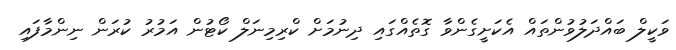
ވަކީލް ބައްދަލުވުންތައް އެކަށީގެންވާ ގޮތެއްގައި ދިނުމަށް ކްރިމިނަލް ކޯޓުން އަމުރު ކުރަން ނިންމާފައި